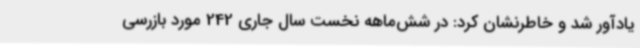
یادآور شد و خاطرنشان کرد: در شش‌ماهه نخست سال جاری 242 مورد بازرسی